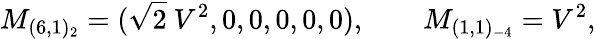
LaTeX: M_{(6,1)_{2}}=(\sqrt{2}\ V^{2},0,0,0,0,0),\qquad M_{(1,1)_{-4}}=V^{2},